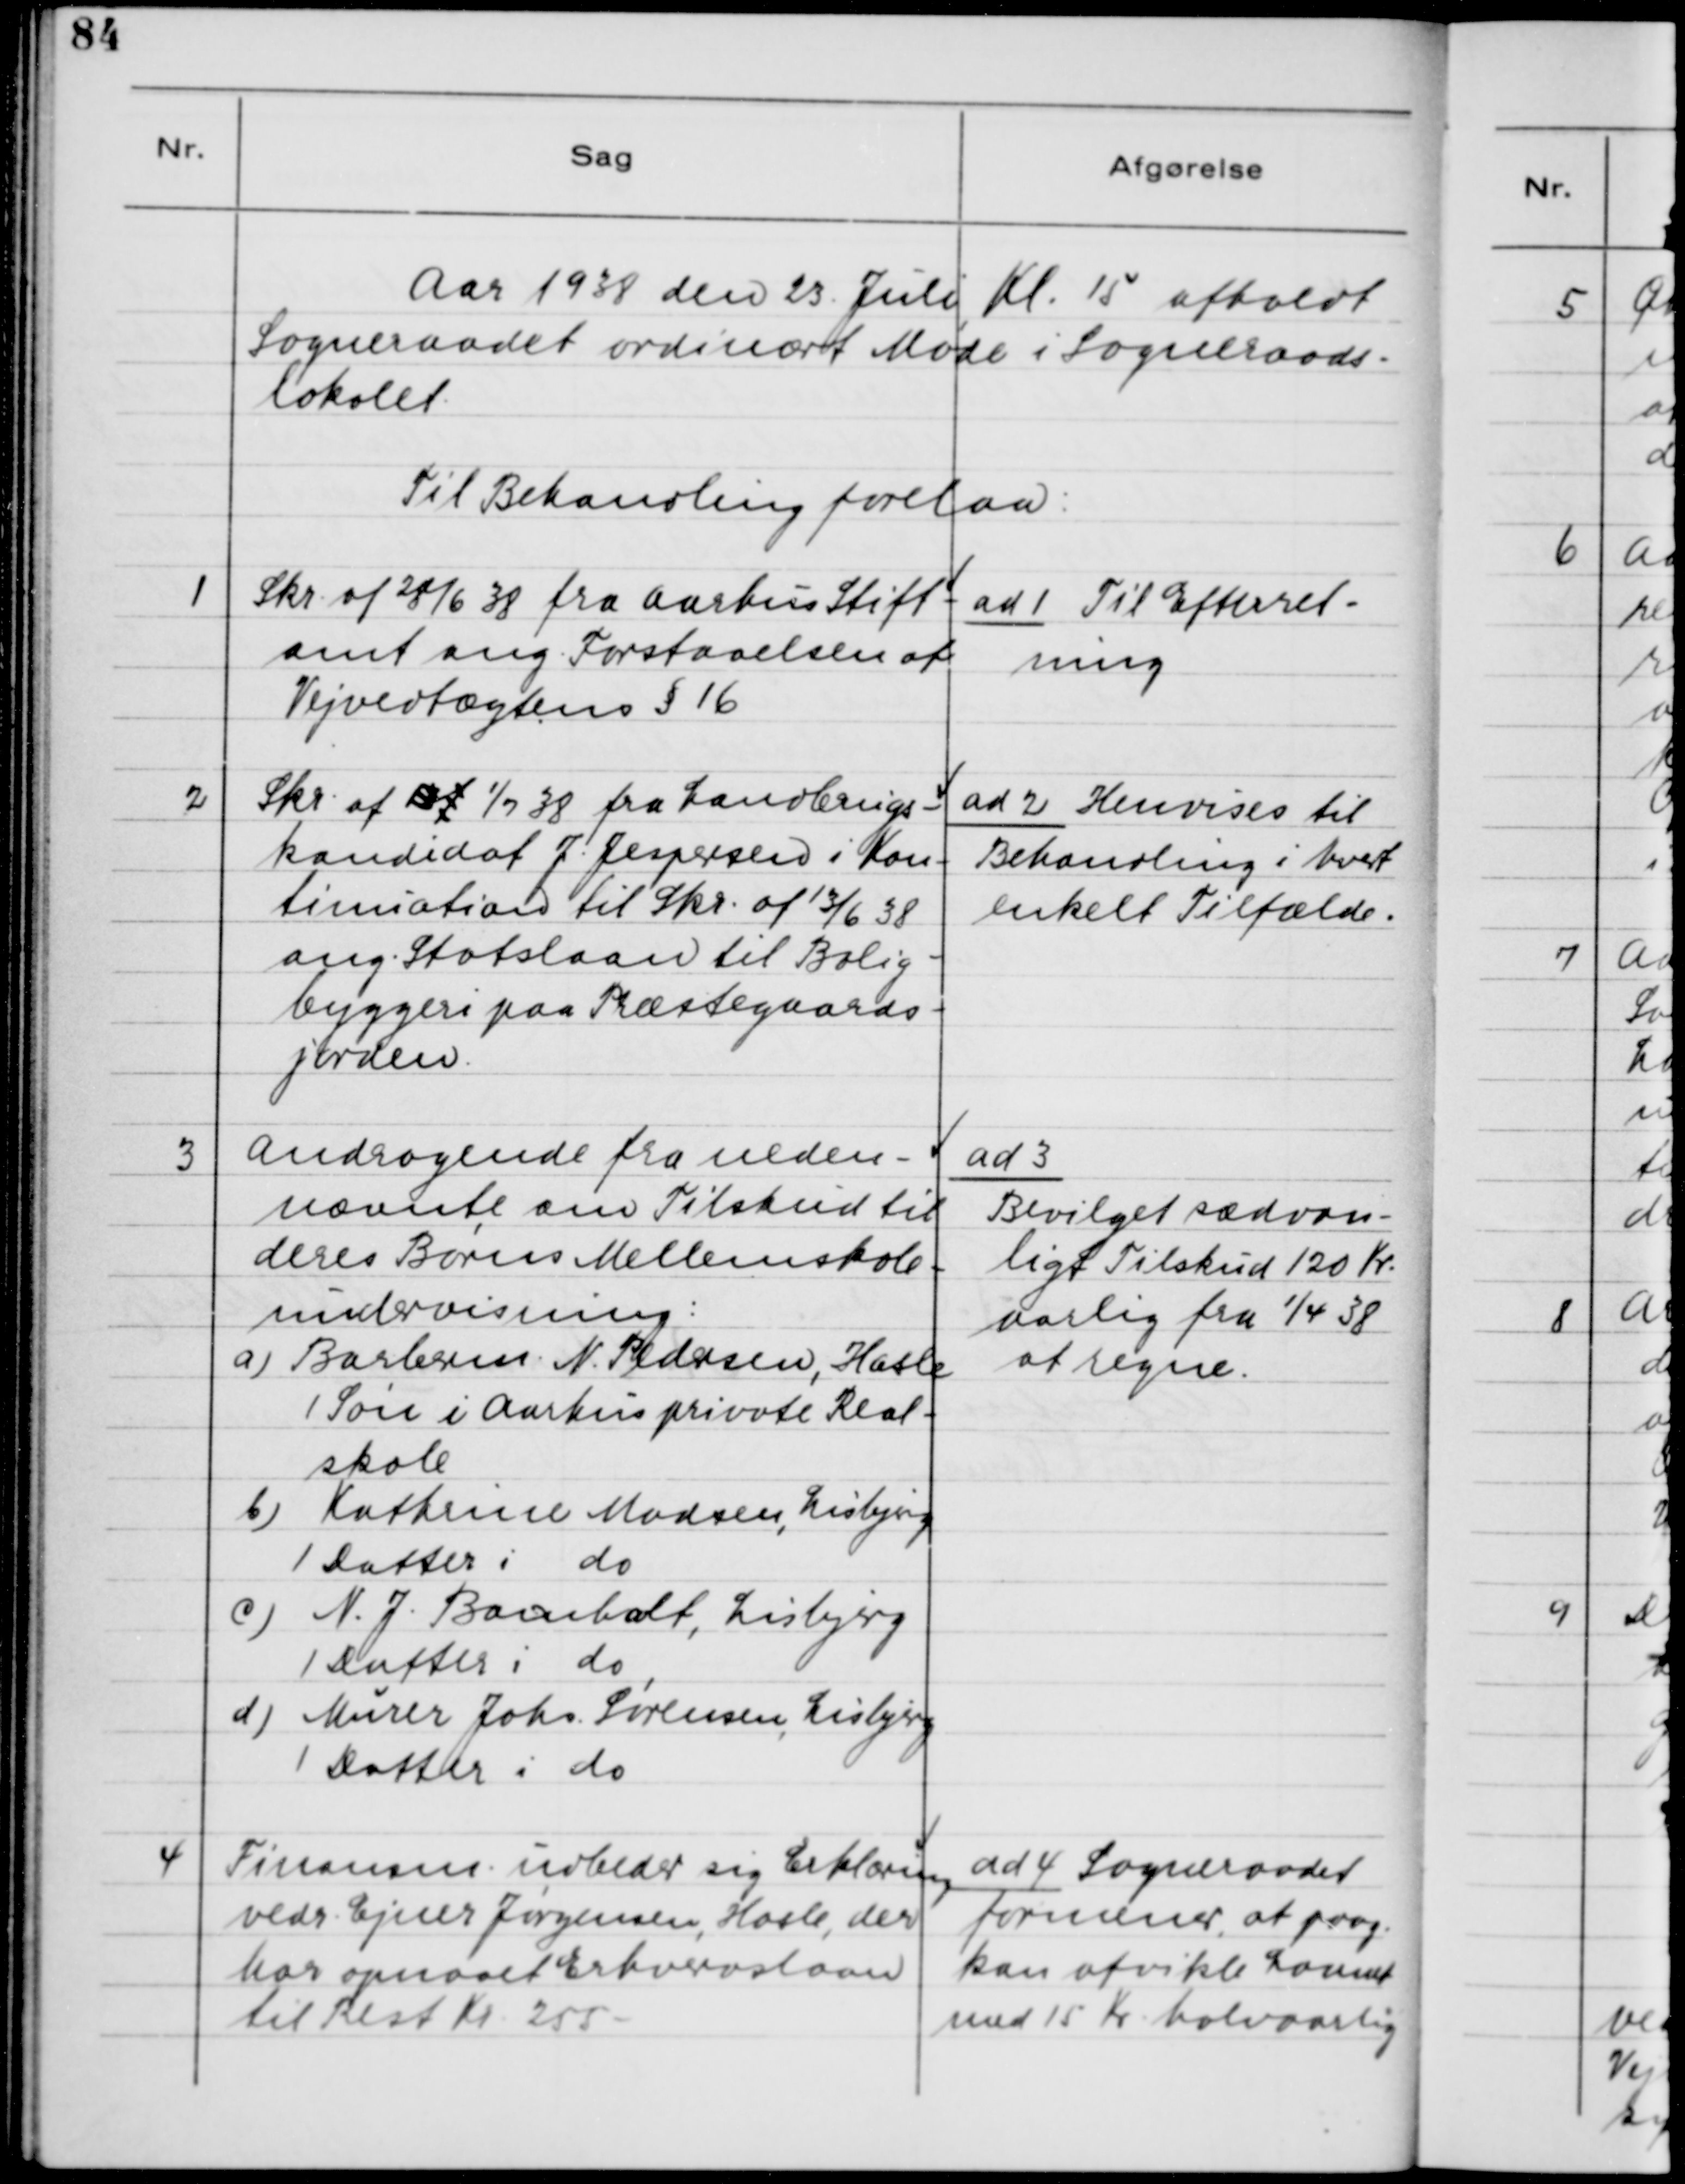
Transskription:
Aar 1938 den 23. Juli Kl. 15 afholdt
Sogneraadet ordinært Møde i Sogneraads-
lokalet.
Til Behandling forelaa:

1. Skr. af 28/6 38 fra Aarhus Stift-
amt ang. Forstaaelsen af
Vejvedtægtens §16.

ad 1. Til Efterret-
ning

2. Skr. af af 1/7 38 fra Landbrugs-
kandidat J. Jespersen i Kon-
timiation til Skr. af 13/6 38
ang. Statslaan til Bolig-
byggeri paa Præstegaards-
jorden.

ad 2. Henvises til
Behandling i hvert
enkelt Tilfælde.

3. Andragende fra neden-
nævnte om Tilskud til
deres Børns Mellemskole-
undervisning:
a) Barberm. N. Pedersen, Hasle
1 Søn i Aarhus private Real-
skole
b) Kathrine Madsen, Lisbjerg
1 Datter i do.
c) N. J. Baumholt, Lisbjerg
1 Datter i do.
d) Murer Johs. Sørensen, Lisbjerg
1 Datter i do.

ad 3.
Bevilget sædvan-
ligt Tilskud 120 Kr.
aarlig fra 1/4 38
at regne.

4. Finansm. udbeder sig Erklæring
vedr. Ejner Jørgensen, Hasle, der
har opnaaet Erhvervslaan
til Rest Kr. 255 -

ad 4. Sogneraadet
formener, at paag.
kan afvikle Laanet
med 15 Kr. halvaarlig.